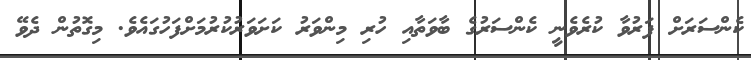
ކެންސަރަށް ފަރުވާ ކުރެވެނީ ކެންސަރުގެ ބާވަތާއި ހުރި މިންވަރު ކަށަވަރުކުރުމަށްފަހުގައެވެ. މިގޮތުން ދެވޭ